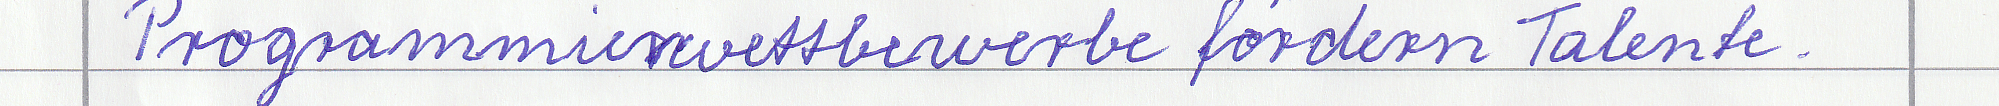
Programmierwettbwerbe fördern Talente.